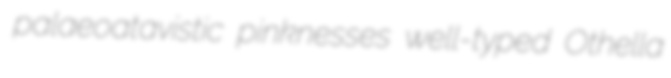
palaeoatavistic pinknesses well-typed Othella